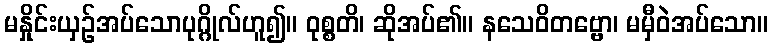
မနှိုင်းယှဉ်အပ်သောပုဂ္ဂိုလ်ဟူ၍။ ဝုစ္စတိ၊ ဆိုအပ်၏။ နသေဝိတဗ္ဗော၊ မမှီဝဲအပ်သော။